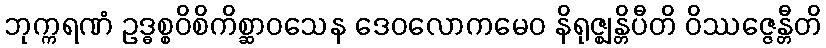
ဘုက္ကရဏံ ဥဒ္ဓစ္စဝိစိကိစ္ဆာဝသေန ဒေဝလောကမေဝ နိရုဇ္ဈန္တိပီတိ ဝိဿဇ္ဇေန္တီတိ